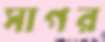
সাগর